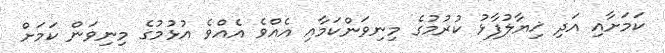
ކަމަށާއި އަދި ޚިޔާލުފާޅު ކުރުމުގެ މިނިވަންކަމާއި އެއްވެ އެއްވެ އުޅުމުގެ މިނިވަން ކަމަށް